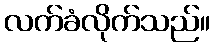
လက်ခံလိုက်သည်။